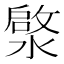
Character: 𮳓